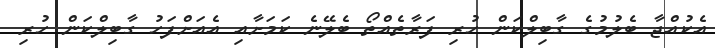
އެކުއްޖާ ބެލުމުގެ ގާބިލްކަން ހުރި ފަރާތެއްތޯ ބެލޭނެ ކަމަށާއި އެއަށްފަހު ގާބިލްކަން ހުރި